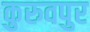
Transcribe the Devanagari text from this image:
कुरुवपुर